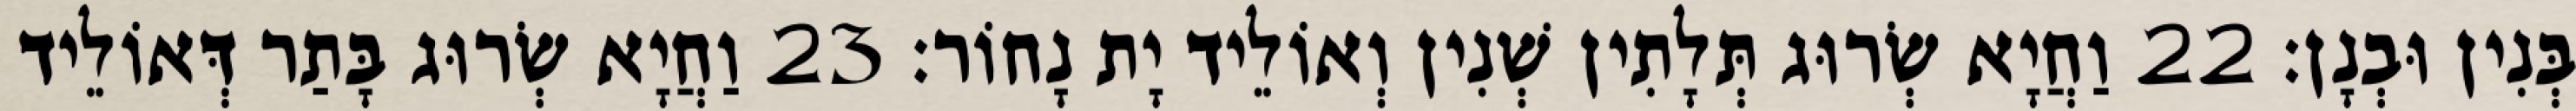
בְּנִין וּבְנָן׃ 22 וַחֲיָא שְׂרוּג תְּלָתִין שְׁנִין וְאוֹלֵיד יָת נָחוֹר׃ 23 וַחֲיָא שְׂרוּג בָּתַר דְּאוֹלֵיד